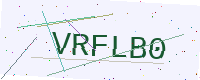
Text: VRFLB0